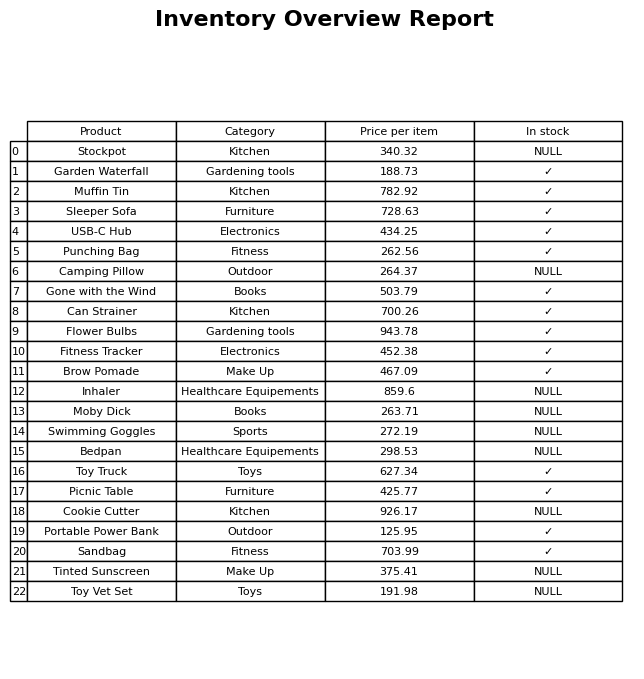
question: What is the stock status of the Gone with the Wind?
answer: ✓